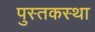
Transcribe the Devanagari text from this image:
पुस्तकस्था